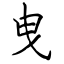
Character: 曳